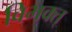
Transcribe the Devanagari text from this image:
विभक्त्